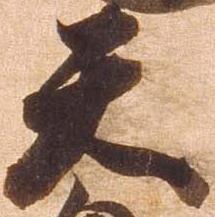
天